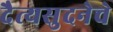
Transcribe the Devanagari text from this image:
दैत्यसुदनेचे